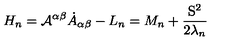
H _ { n } = { \cal { A } } ^ { \alpha \beta } { \dot { A } } _ { \alpha \beta } - L _ { n } = M _ { n } + \frac { { \mathrm { \boldmath S } } ^ { 2 } } { 2 \lambda _ { n } }